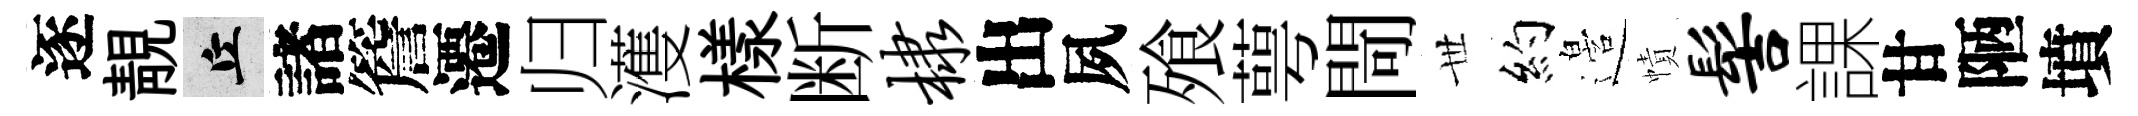
逐靚丘諸簷遷归濩樣断棣出夙飱萼閜𠀍約邉幘髻課甘陋墳